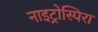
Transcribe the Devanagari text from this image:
नाइट्रोस्पिरा